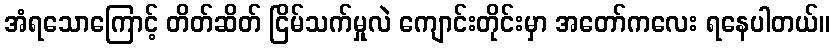
အံရသောကြောင့် တိတ်ဆိတ် ငြိမ်သက်မှုလဲ ကျောင်းတိုင်းမှာ အတော်ကလေး ရနေပါတယ်။